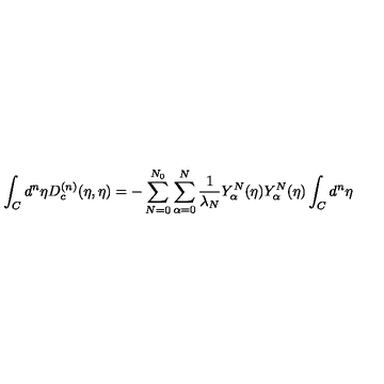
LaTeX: \int _ { C } { d ^ { n } } { \eta } D _ { c } ^ { ( n ) } ( \eta , { \eta } ) = - \sum _ { N = 0 } ^ { N _ { 0 } } \sum _ { \alpha = 0 } ^ { N } \frac { 1 } { \lambda _ { N } } Y _ { \alpha } ^ { N } ( { \eta } ) Y _ { \alpha } ^ { N } ( { \eta } ) \int _ { C } { d ^ { n } } { \eta }